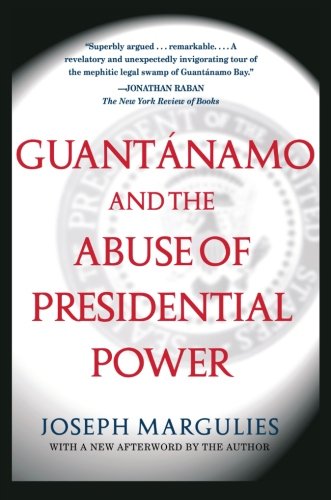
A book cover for Guantanamo and the Abuse of Presidential Power; Joseph Margulies; Law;